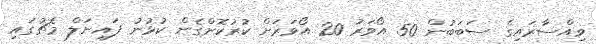
ވިއްސާރައިގެ ސަބަބުން 50 އޯވަރު 20 އޯވަރަށް ކުރުކޮށްގެން ކުޅުނު ފައިނަލް މެޗުގައި